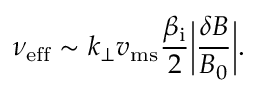
\nu _ { \mathrm { e f f } } \sim k _ { \perp } v _ { \mathrm { m s } } \frac { \beta _ { \mathrm { i } } } { 2 } \biggl | \frac { \delta B } { B _ { 0 } } \biggr | .